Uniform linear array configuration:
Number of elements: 24
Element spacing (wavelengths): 0.25
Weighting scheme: hamming
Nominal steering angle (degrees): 15
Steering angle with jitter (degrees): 13.722
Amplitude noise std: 0.05
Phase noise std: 0.05

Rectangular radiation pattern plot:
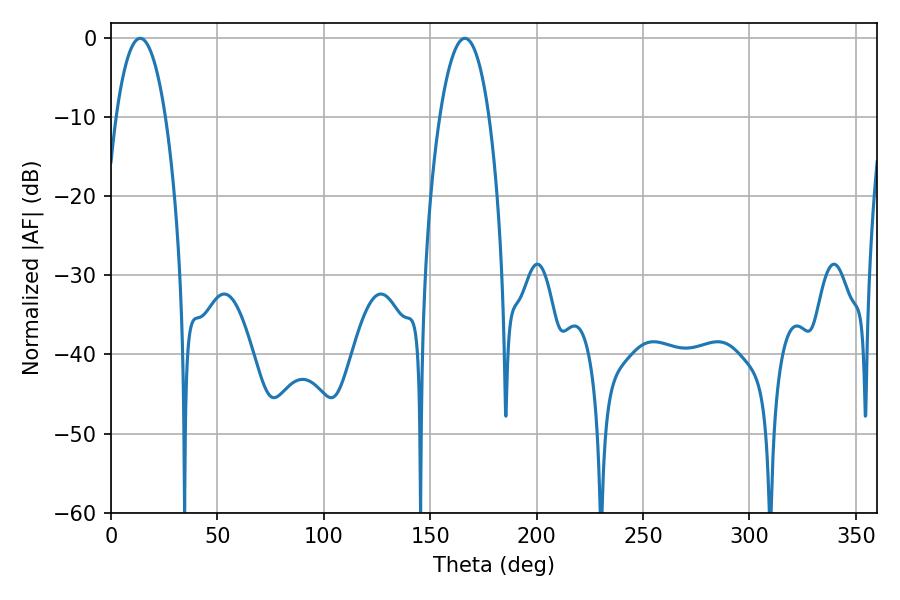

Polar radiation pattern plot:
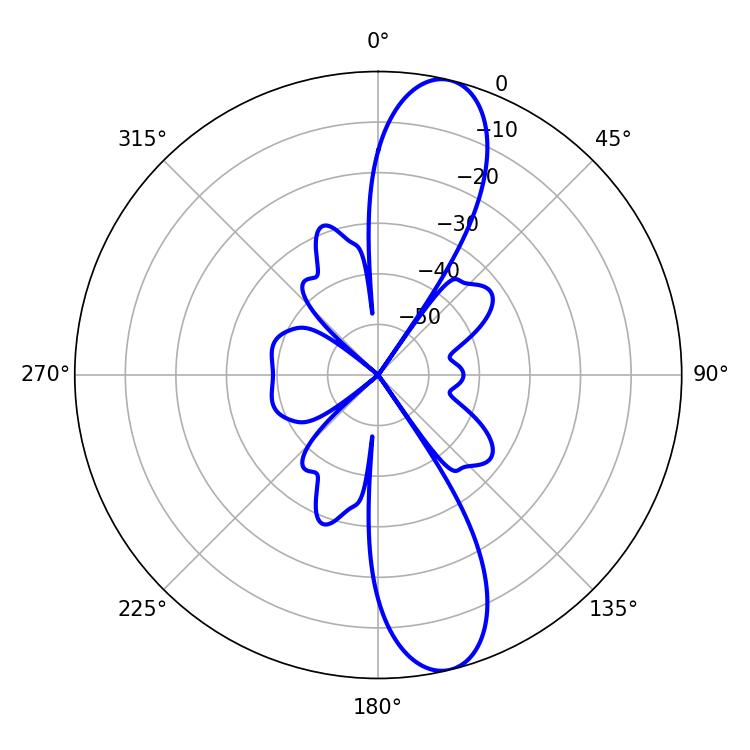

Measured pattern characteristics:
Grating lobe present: FALSE
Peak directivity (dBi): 12.426
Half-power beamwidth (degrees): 12.96
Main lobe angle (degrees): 13.68